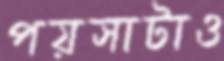
পয়সাটাও